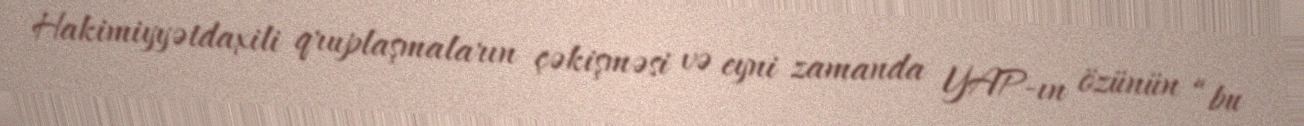
Hakimiyyətdaxili qruplaşmaların çəkişməsi və eyni zamanda YAP-ın özünün “bu